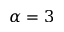
\alpha = 3